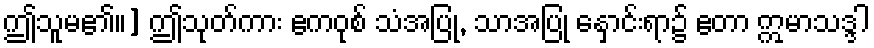
ဤသူမ၏။] ဤသုတ်ကား ဧကဝုစ် သံအပြု, သာအပြု နှောင်းရာ၌ ဧတာ ဣမာသဒ္ဒါ